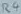
Text: R4